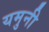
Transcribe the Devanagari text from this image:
यमुनी